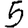
Digit: 5